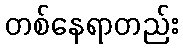
တစ်နေရာတည်း